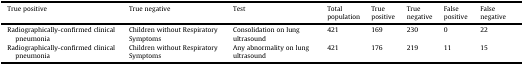
<table><thead><tr><td><b>True positive</b></td><td><b>True negative</b></td><td><b>Test</b></td><td><b>Total population</b></td><td><b>True positive</b></td><td><b>True negative</b></td><td><b>False positive</b></td><td><b>False negative</b></td></tr></thead><tbody><tr><td>Radiographically-confirmed clinical pneumonia</td><td>Children without Respiratory Symptoms</td><td>Consolidation on lung ultrasound</td><td>421</td><td>169</td><td>230</td><td>0</td><td>22</td></tr><tr><td>Radiographically-confirmed clinical pneumonia</td><td>Children without Respiratory Symptoms</td><td>Any abnormality on lung ultrasound</td><td>421</td><td>176</td><td>219</td><td>11</td><td>15</td></tr></tbody></table>